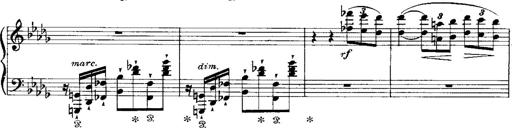
Title: RÃ©miniscences de 'Lucia di Lammermoor'
Composer: Franz Liszt